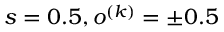
s = 0 . 5 , o ^ { ( k ) } = \pm 0 . 5